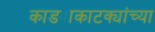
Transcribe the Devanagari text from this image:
काड्याकाटक्यांच्या